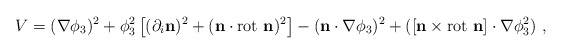
\begin{align*}V= (\nabla \phi_3)^2+ \phi_3^2\left[(\partial_i{\mathbf{n}})^2+ (\mathbf{n}\cdot{\rm rot}{\ \mathbf{n}})^2\right] -(\mathbf{n} \cdot \nabla \phi_3)^2+ ([\mathbf{n} \times \mbox{rot\ } \mathbf{n} ] \cdot \nabla \phi_3^2)~,\end{align*}